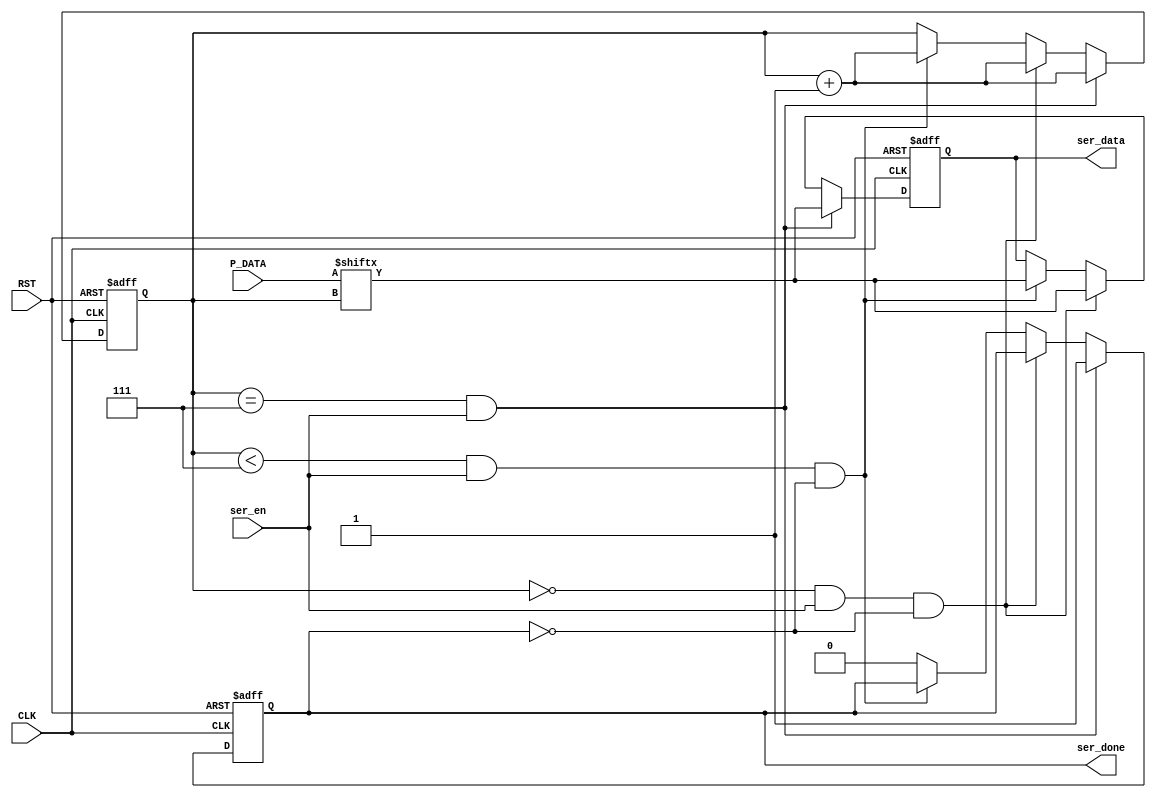
module Serializer (
    input wire [7:0]    P_DATA,
    input wire ser_en, CLK, RST,
    output reg ser_done, ser_data
);

//reg [7:0] P_DATA_saved;
reg [2:0] Counter;


/*always @(*) 
begin
    if(ser_en && !Counter)
    begin
        P_DATA_saved = P_DATA;
    end
    else
    begin
        P_DATA_saved = P_DATA_saved;
    end
end*/

always @(posedge CLK or negedge RST) 
begin
    if(!RST)   
        begin
            ser_data <= 1'b0;
            Counter <= 3'b0;
            ser_done <= 1'b0;
        end
    else
        begin
            if((Counter == 3'b111) && (ser_en == 1'b1))
                begin
                    ser_done <= 1'b1;
                    ser_data <= P_DATA[Counter]; //----here was P_Data_saved
                    Counter <= Counter +1;
                end
            else if((!Counter) && (ser_en == 1'b1) && (ser_done == 1'b0))
                begin
                    ser_data <= P_DATA[Counter];
                    Counter <= Counter +1;
                end
            else if((Counter < 3'b111) && (ser_en == 1'b1) && (ser_done == 1'b0))
            begin
                ser_data <= P_DATA[Counter];  //----here was P_Data_saved
                Counter <= Counter +1;
            end
            else
                begin
                    ser_done <= 1'b0;
                end
        end
end
    
endmodule